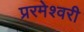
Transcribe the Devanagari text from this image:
प्ररमेश्वरी